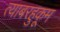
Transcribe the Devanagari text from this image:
त्याबरहुकूम